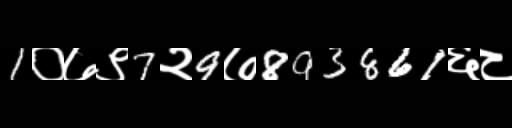
Text: 1०७९7२9७893861६८